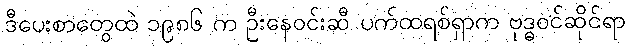
ဒီပေးစာတွေထဲ ၁၉၈၆ က ဦးနေဝင်းဆီ ပက်ထရစ်ရှာက ဗုဒ္ဓဝင်ဆိုင်ရာ